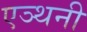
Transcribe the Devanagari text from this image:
एञ्थनी